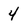
Character: 4